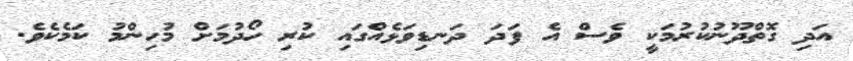
އަދި ގޮތްދޫނުކުރުމަކީ ވެސް އެ ފަދަ ދަނޑިވަޅެއްގައި ކުރި ހޯދުމަށް މުހިންމު ކަމެކެވެ.